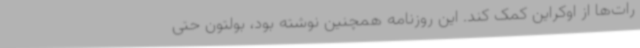
رات‌ها از اوکراین کمک کند. این روزنامه همچنین نوشته بود، بولتون حتی